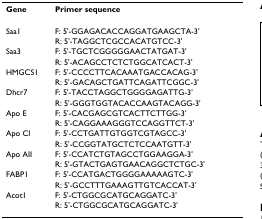
<table><thead><tr><td><b>Gene</b></td><td><b>Primer sequence</b></td></tr></thead><tbody><tr><td>Saa1</td><td>F: 5&#x27;-GGAGACACCAGGATGAAGCTA-3&#x27;</td></tr><tr><td></td><td>R: 5&#x27;-TAGGCTCGCCACATGTCC-3&#x27;</td></tr><tr><td>Saa3</td><td>F: 5&#x27;-TGCTCGGGGGAACTATGAT-3&#x27;</td></tr><tr><td></td><td>R: 5&#x27;-ACAGCCTCTCTGGCATCACT-3&#x27;</td></tr><tr><td>HMGCS1</td><td>F: 5&#x27;-CCCCTTCACAAATGACCACAG-3&#x27;</td></tr><tr><td></td><td>R: 5&#x27;-GACAGCTGATTCAGATTCGGC-3&#x27;</td></tr><tr><td>Dhcr7</td><td>F: 5&#x27;-TACCTAGGCTGGGGAGATTG-3&#x27;</td></tr><tr><td></td><td>R: 5&#x27;-GGGTGGTACACCAAGTACAGG-3&#x27;</td></tr><tr><td>Apo E</td><td>F: 5&#x27;-CACGAGCGTCACTTCTTGG-3&#x27;</td></tr><tr><td></td><td>R: 5&#x27;-CAGGAAAGGGTCCAGGTTCT-3&#x27;</td></tr><tr><td>Apo CI</td><td>F: 5&#x27;-CCTGATTGTGGTCGTAGCC-3&#x27;</td></tr><tr><td></td><td>R: 5&#x27;-CCGGTATGCTCTCCAATGTT-3&#x27;</td></tr><tr><td>Apo AII</td><td>F: 5&#x27;-CCATCTGTAGCCTGGAAGGA-3&#x27;</td></tr><tr><td></td><td>R: 5&#x27;-GTACTGAGTGAACAGGCTCTGC-3&#x27;</td></tr><tr><td>FABP1</td><td>F: 5&#x27;-CCATGACTGGGGAAAAAGTC-3&#x27;</td></tr><tr><td></td><td>R: 5&#x27;-GCCTTTGAAAGTTGTCACCAT-3&#x27;</td></tr><tr><td>Acot1</td><td>F: 5&#x27;-CTGGCGCATGCAGGATC-3&#x27;</td></tr><tr><td></td><td>R: 5&#x27;-CTGGCGCATGCAGGATC-3&#x27;</td></tr></tbody></table>